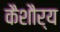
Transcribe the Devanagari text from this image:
कैशौर्य